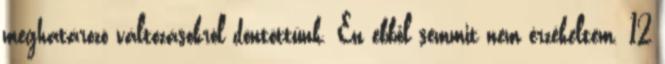
meghatározó változásokról döntöttünk. Én ebből semmit nem érzékeltem. 12